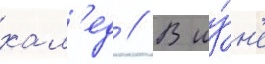
хал'ед // В иу́н'е